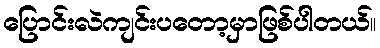
ပြောင်းလဲကျင်းပတော့မှာဖြစ်ပါတယ်။